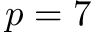
p = 7